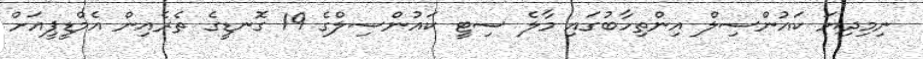
ނިމިދިޔަ ކައުންސިލް އިންތިހާބުގައި މާލެ ސިޓީ ކައުންސިލްގެ 19 ގޮނޑީގެ ތެރެއިން އެމްޑީޕީއަށް